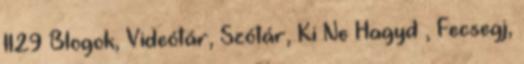
1129 Blogok, Videótár, Szótár, Ki Ne Hagyd , Fecsegj,